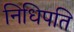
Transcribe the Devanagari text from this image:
निधिपति